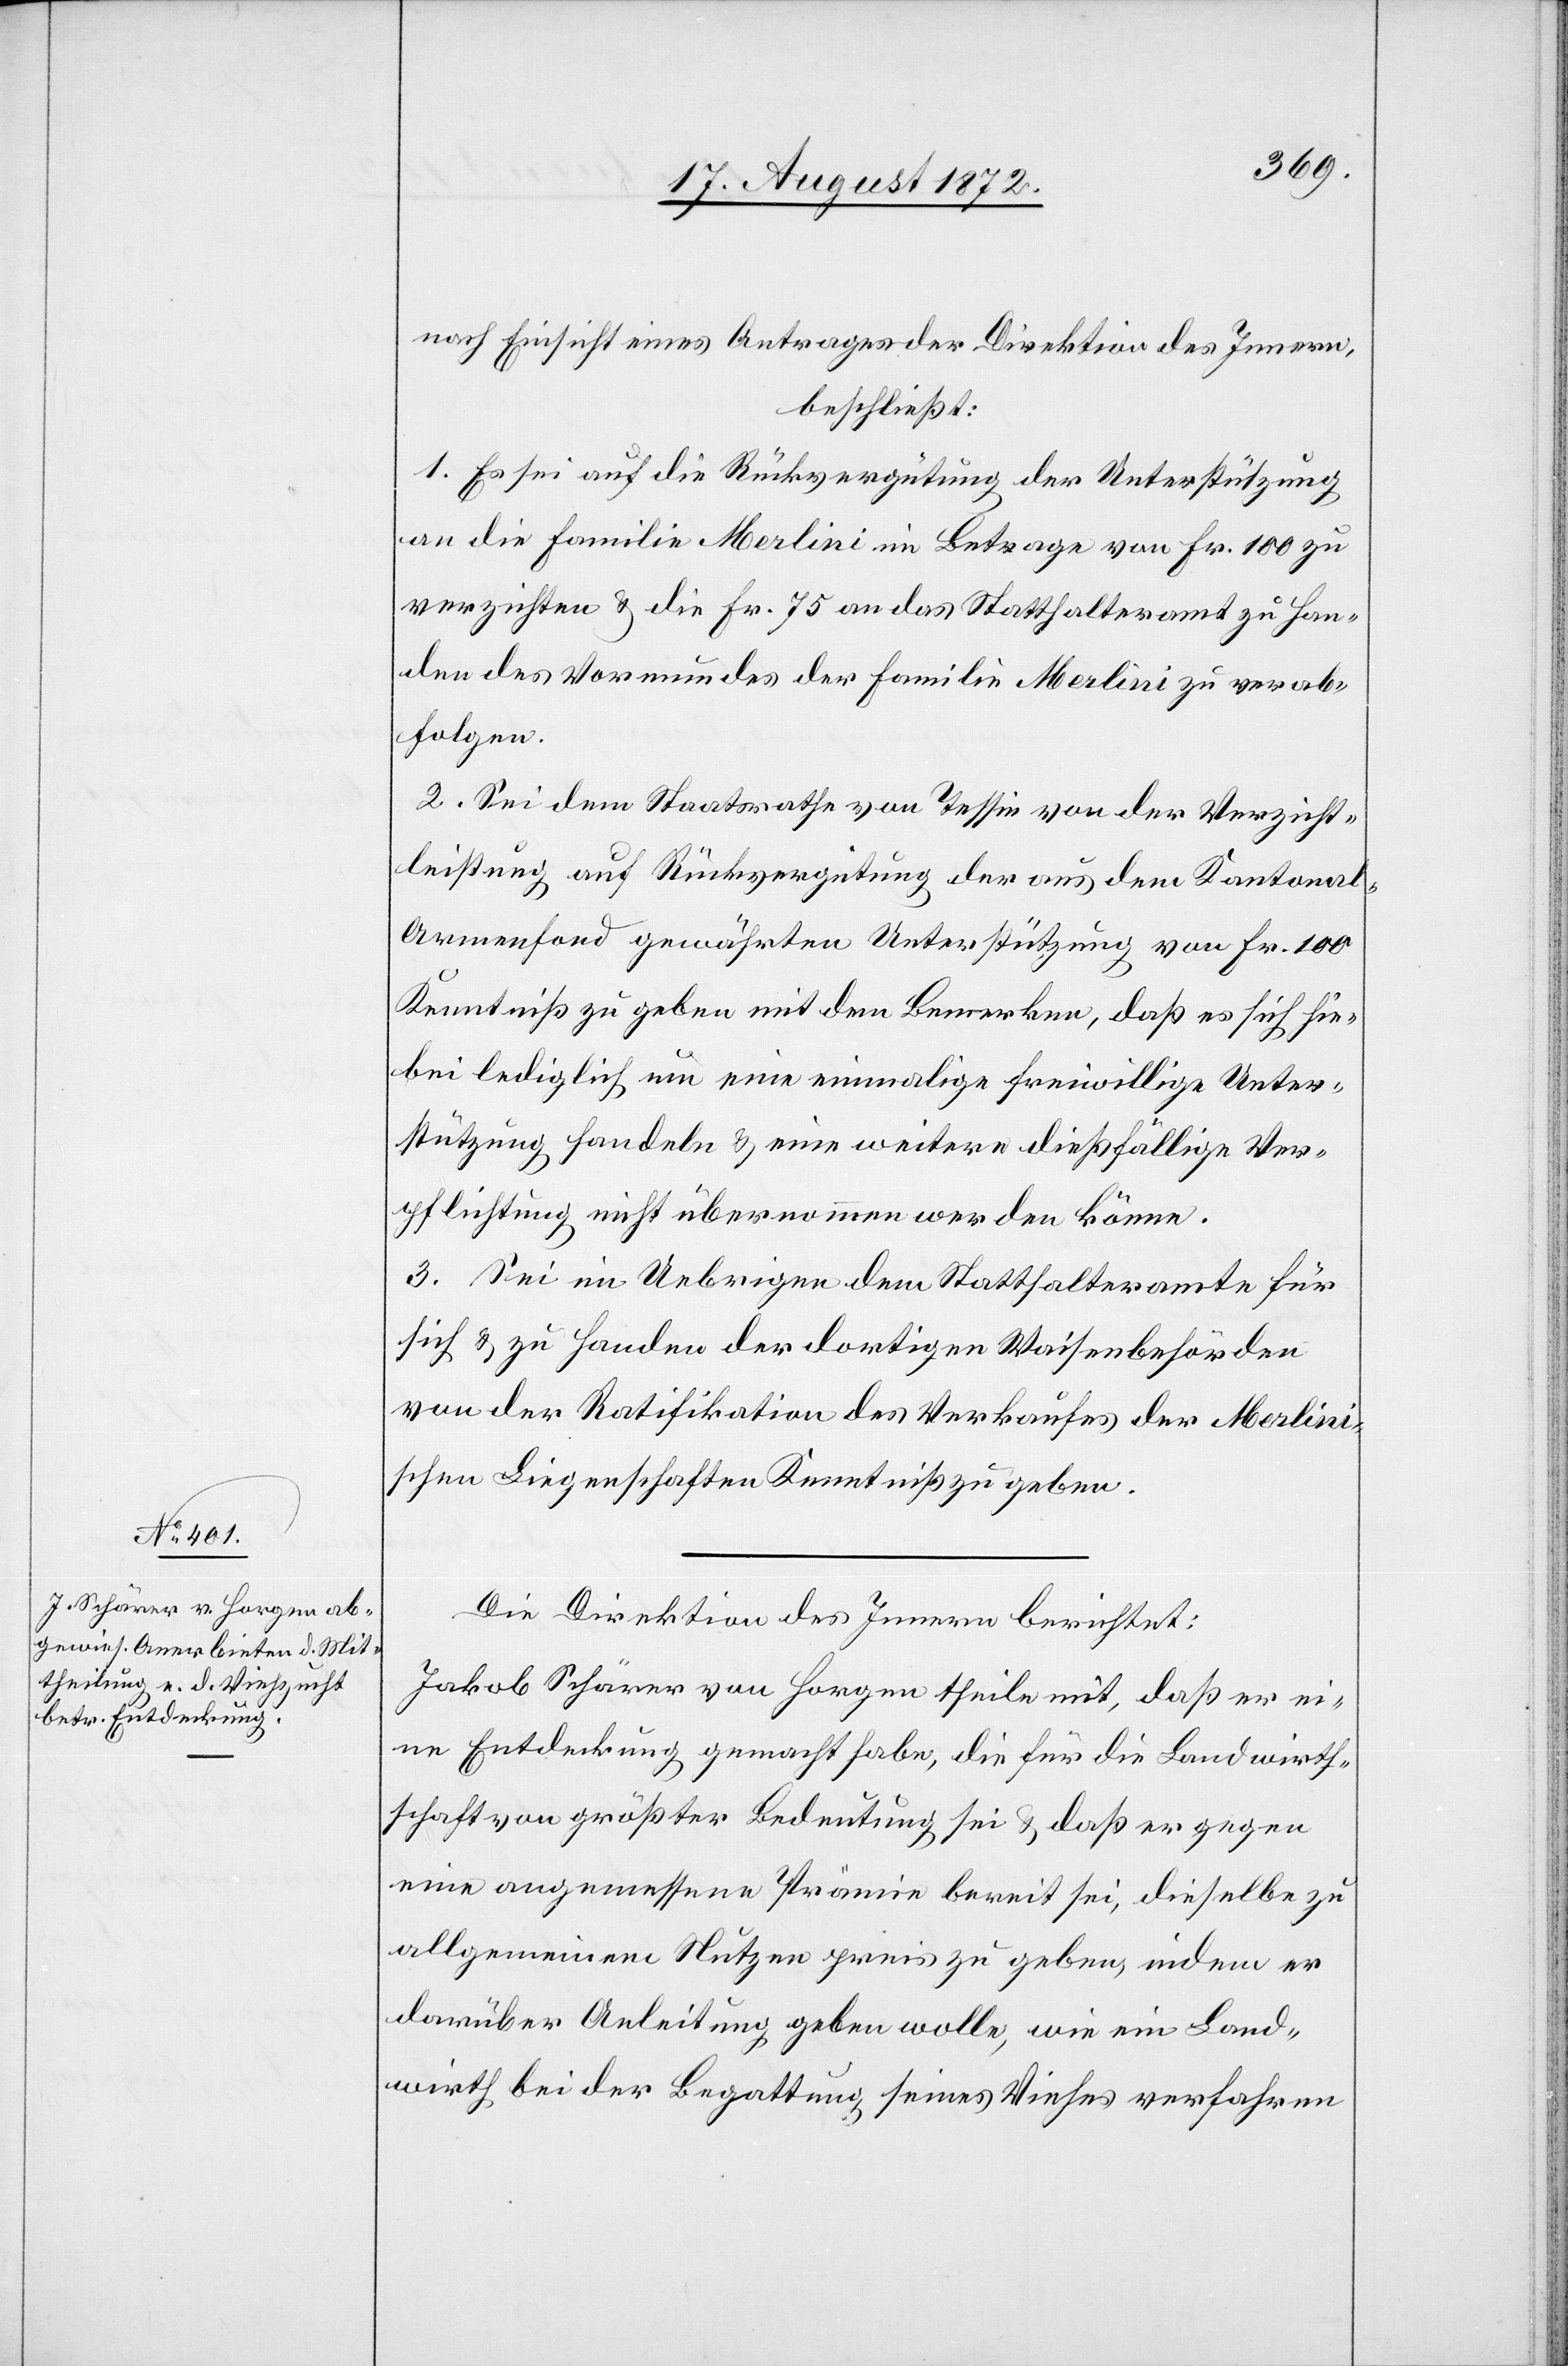
nach Einsicht eines Antrages der Direktion des Innern,
beschließt:
1. Es sei auf die Rückvergütung der Unterstützung
an die Familie Merlini im Betrage von Fr. 100 zu
verzichten u. die Fr. 75 an das Statthalteramt zu Han¬
den des Vormundes der Familie Merlini zu verab¬
folgen.
2. Sei dem Staatsrathe von Tessin von der Verzicht¬
leistung auf Rückvergütung der aus dem Kantonal-A¬
rmenfond gewährten Unterstützung von Fr. 100
Kenntniß zu geben mit dem Bemerken, daß es sich hie¬
bei lediglich um eine einmalige freiwillige Unter¬
stützung handeln u. eine weitere dießfällige Ver¬
pflichtung nicht übernommen werden könne.
3. Sei im Uebrigen dem Statthalteramte für
sich u. zu Handen der dortigen Waisenbehörde
von der Ratifikation des Verkaufes der Merlini¬
schen Liegenschaften Kenntniß zu geben.
Die Direktion des Innern berichtet:
Jakob Schärer von Horgen theile mit, daß er ei¬
ne Entdeckung gemacht habe, die für die Landwirth¬
schaft von größter Bedeutung sei u. daß er gegen
eine angemessene Prämie bereit sei, dieselbe zu
allgemeinem Nutzen preis zu geben, indem er
darüber Anleitung geben wolle, wie ein Land¬
wirth bei der Begattung seines Viehes verfahren